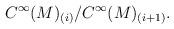
LaTeX: \begin{align*}C^\infty(M)_{(i)}/C^\infty(M)_{(i+1)}.\end{align*}